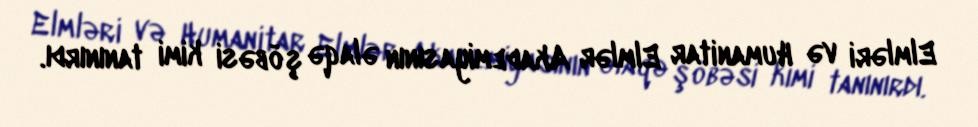
Elmləri və Humanitar Elmlər Akademiyasının əlaqə şöbəsi kimi tanınırdı.